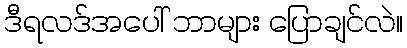
ဒီရလဒ်အပေါ် ဘာများ ပြောချင်လဲ။